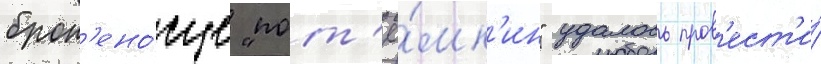
брон'ено́сце "пот'ё́мк'ин" удалось пров'ест'и́